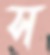
স